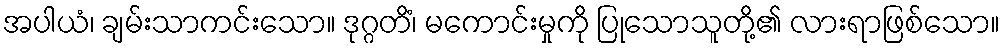
အပါယံ၊ ချမ်းသာကင်းသော။ ဒုဂ္ဂတိံ၊ မကောင်းမှုကို ပြုသောသူတို့၏ လားရာဖြစ်သော။